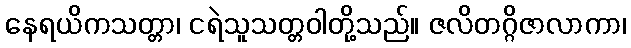
နေရယိကသတ္တာ၊ ငရဲသူသတ္တဝါတို့သည်။ ဇလိတဂ္ဂိဇာလာကာ၊